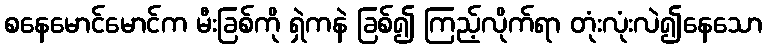
စနေမောင်မောင်က မီးခြစ်ကို ရှဲကနဲ ခြစ်၍ ကြည့်လိုက်ရာ တုံးလုံးလဲ၍နေသော